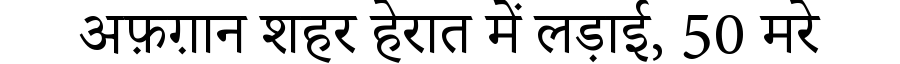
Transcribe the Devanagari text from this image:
अफ़ग़ान शहर हेरात में लड़ाई, 50 मरे